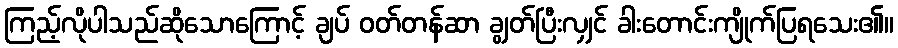
ကြည့်လိုပါသည်ဆိုသောကြောင့် ချပ် ဝတ်တန်ဆာ ချွတ်ပြီးလျှင် ခါးတောင်းကျိုက်ပြရသေး၏။